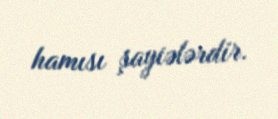
hamısı şayiələrdir.